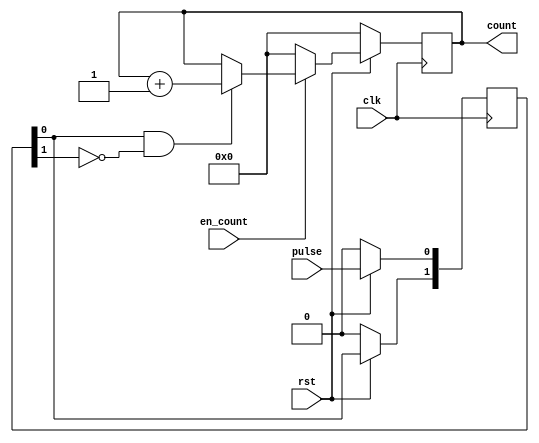
//
// 
// 
//

module counterfour(
    input               clk,
    input               rst,
    input               pulse,
    input               en_count,
    output reg [15:0]   count
);

wire    rise_edge;
wire    fall_edge;

reg [1:0]   r_pulse;
//reg [15:0]  cnt;


//
// 
//
always@(posedge clk) begin
    if(!rst) begin
        r_pulse <= 2'b00;
    end
    else begin
        // 010
        r_pulse[0] <= pulse;
        r_pulse[1] <= r_pulse[0];
        //  r_pulse <= {r_pulse[0],pulse};
        
        // 2
        // 
        // 
    end
end

// assign r_pulse1_invert = ~r_pulse[1];
// assign r_pulse1_invert1 = ~r_pulse[0];
assign rise_edge = r_pulse[0] & ~r_pulse[1];
assign fall_edge = r_pulse[1] & ~r_pulse[0];


//
// 
//
always@(posedge clk) begin
    if(!rst) begin
        count <= 0;
    end
    else begin
        if(en_count) begin
            if(rise_edge) begin
                count <= count+1;
            end
            else begin
                count <= count;
            end
        end
        else begin
            count <= 'b0;
        end
    end
end 

endmodule